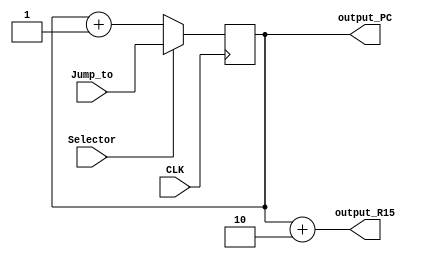
`timescale 1ns / 1ps

module pcModule(
		input Selector, CLK,
		input[7:0] Jump_to,
		output reg[7:0] output_PC,
		output[7:0] output_R15
    );
	 
		wire[7:0] MUX;
		
		always @(posedge CLK) begin
			output_PC <= MUX;
			end
			
		assign MUX = Selector ? Jump_to : output_PC + 1 ;
		assign output_R15 = output_PC + 2;


endmodule